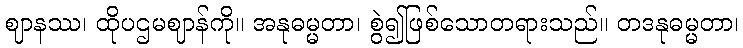
ဈာနဿ၊ ထိုပဌမဈာန်ကို။ အနုဓမ္မတာ၊ စွဲ၍ဖြစ်သောတရားသည်။ တဒနုဓမ္မတာ၊